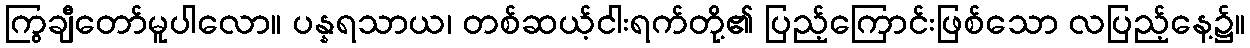
ကြွချီတော်မူပါလော။ ပန္နရသာယ၊ တစ်ဆယ့်ငါးရက်တို့၏ ပြည့်ကြောင်းဖြစ်သော လပြည့်နေ့၌။